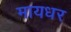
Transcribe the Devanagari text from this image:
मायधर